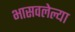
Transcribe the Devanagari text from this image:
भासवलेल्या